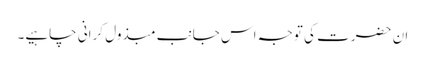
ان حضرت کی توجہ اس جانب مبذول کرانی چاہیے۔